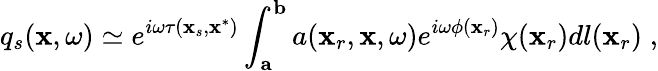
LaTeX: q_{s}(\mathbf{x},\omega)\simeq e^{i\omega\tau(\mathbf{x}_{s},\mathbf{x}^{*})}\int_{\mathbf{a}}^{\mathbf{b}}a(\mathbf{x}_{r},\mathbf{x},\omega)e^{i\omega\phi(\mathbf{x}_{r})}\chi(\mathbf{x}_{r})dl(\mathbf{x}_{r})\; ,